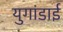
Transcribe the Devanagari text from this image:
युगांडाई